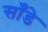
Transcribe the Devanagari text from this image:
साँडे